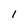
Character: 1